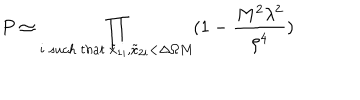
P \simeq \prod _ { i \ s u c h \ t h a t \ \tilde { x } _ { 1 i } , \tilde { x } _ { 2 i } < \Delta \Omega M } ( 1 - { \frac { M ^ { 2 } \lambda ^ { 2 } } { \rho ^ { 4 } } } )